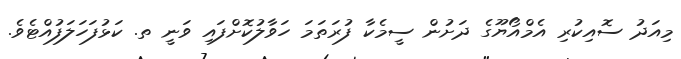
މިއަދު ސޮއިކުރި އެމްއޯޔޫގެ ދަށުން ސީމެކާ ފުރަތަމަ ހަވާލުކޮށްފައި ވަނީ ތ. ކަޅުފަހަލަފުއްޓެވެ.